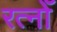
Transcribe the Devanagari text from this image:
रत्नोँ